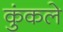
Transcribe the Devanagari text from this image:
कुंकले